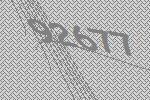
92677